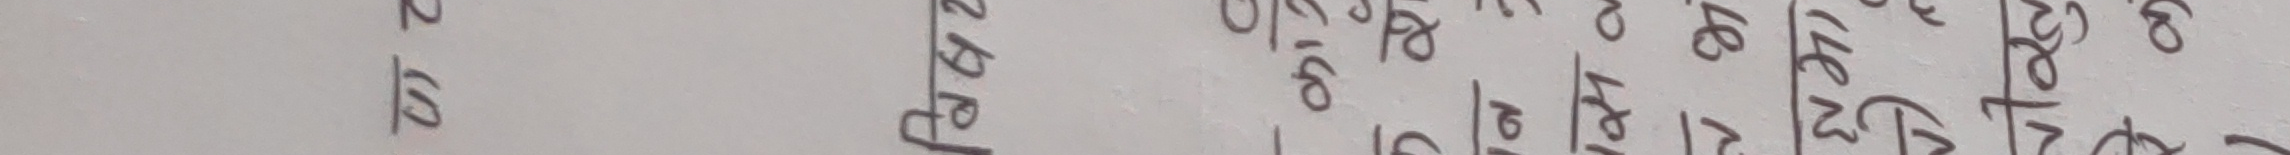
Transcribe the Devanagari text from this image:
५८ नेपाली १३० ५४ २८ बेल ३० ११८ ८० १४ २४ ८० १६० १४० ३० १२० प्रसाद १३० ५२ ५२ १२